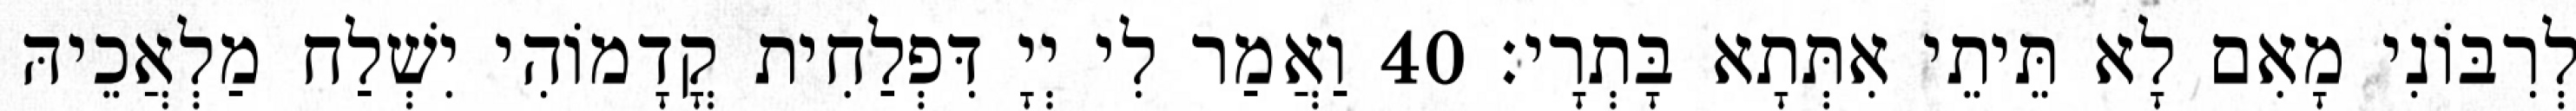
לְרִבּוֹנִי מָאִם לָא תֵּיתֵי אִתְּתָא בָּתְרָי׃ 40 וַאֲמַר לִי יְיָ דִּפְלַחִית קֳדָמוֹהִי יִשְׁלַח מַלְאֲכֵיהּ